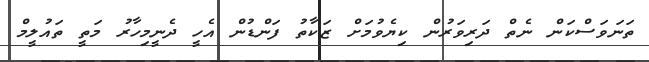
ތަނަވަސްކަން ނެތް ދަރިވަރުން ކިޔެވުމަށް ޒަކާތު ފަންޑުން އެހީ ދެނީމިހާރު މަތީ ތައުލީމް